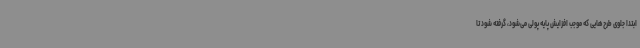
ابتدا جلوی طرح‌هایی که موجب افزایش پایه پولی می‌شود، گرفته شود تا